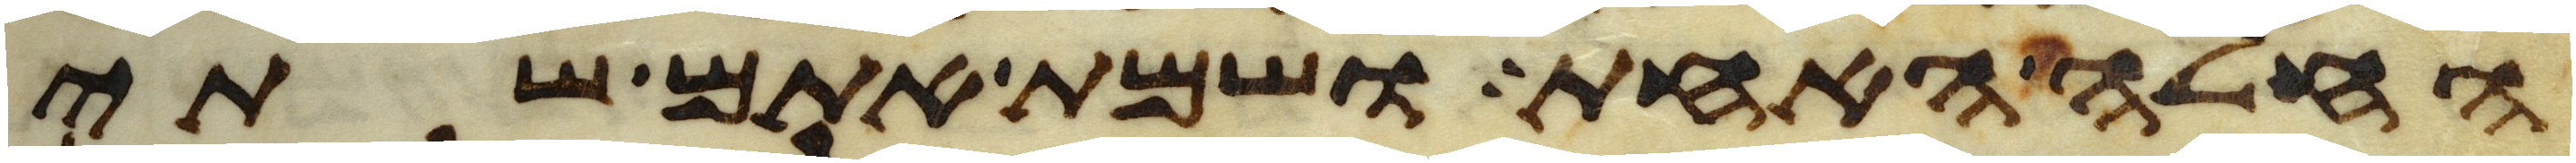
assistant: החלה האחת ושמת אתם שתי